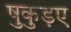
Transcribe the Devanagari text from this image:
षुकुड़ए